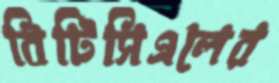
বিটিসিএলের